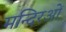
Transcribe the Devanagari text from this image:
मन्दिरओं